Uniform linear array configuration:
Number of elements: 32
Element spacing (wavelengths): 0.75
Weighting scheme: exponential
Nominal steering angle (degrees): -15
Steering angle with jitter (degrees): -14.885
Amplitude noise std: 0.05
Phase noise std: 0.05

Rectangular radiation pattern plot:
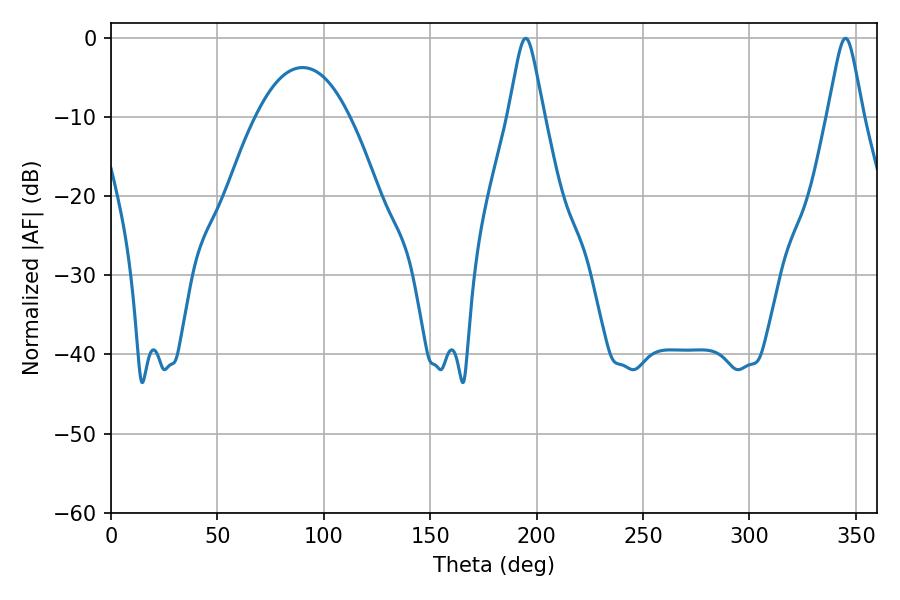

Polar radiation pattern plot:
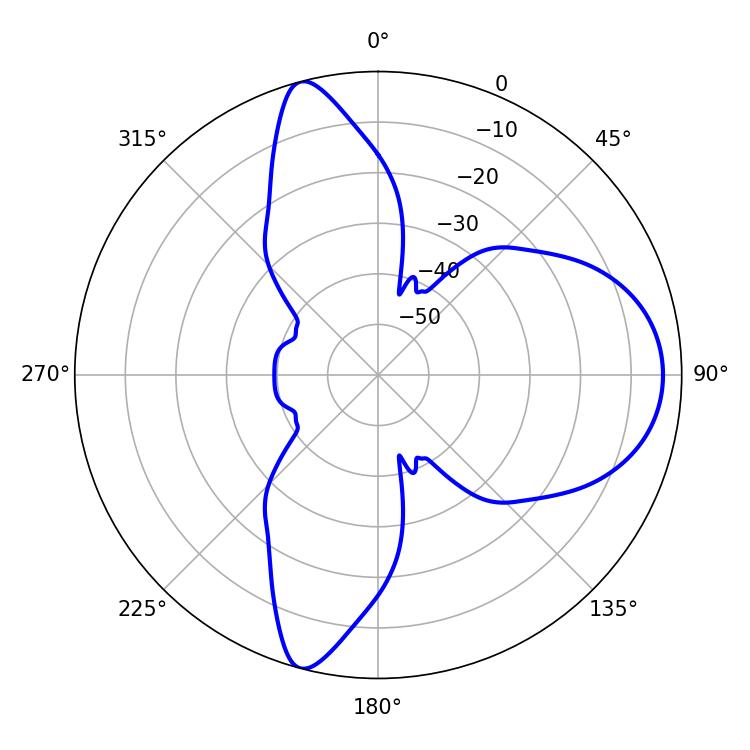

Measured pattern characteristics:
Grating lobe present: TRUE
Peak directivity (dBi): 11.142
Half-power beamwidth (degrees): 7.92
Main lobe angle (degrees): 194.94